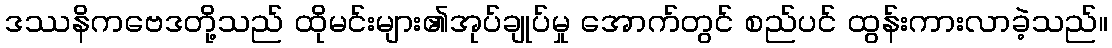
ဒဿနိကဗေဒတို့သည် ထိုမင်းများ၏အုပ်ချုပ်မှု အောက်တွင် စည်ပင် ထွန်းကားလာခဲ့သည်။